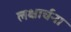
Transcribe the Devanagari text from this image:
लक्षार्चना